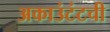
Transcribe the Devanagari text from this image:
अकाउंटंटची